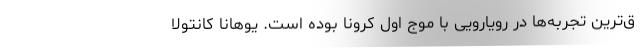
ق‌ترین تجربه‌ها در رویارویی با موج اول کرونا بوده است. یوهانا کانتولا